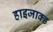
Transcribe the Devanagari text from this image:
हाइजाक्ड